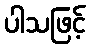
ပါသဖြင့်